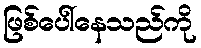
ဖြစ်ပေါ်နေသည်ကို